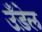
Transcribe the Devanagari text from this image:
उँड़ेल